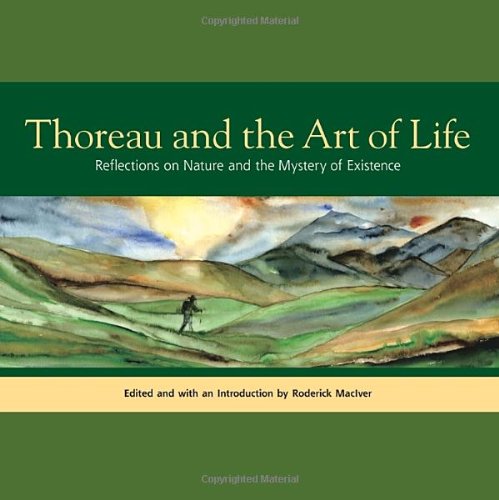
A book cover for Thoreau and the Art of Life: Reflections on Nature and the Mystery of Existence; Henry David Thoreau; Arts & Photography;